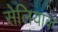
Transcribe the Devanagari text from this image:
सेलियाक